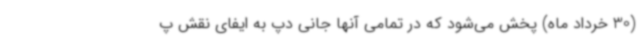
(30 خرداد ماه) پخش می‌شود که در تمامی آنها جانی دپ به ایفای نقش پ